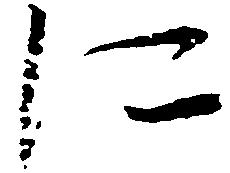
に